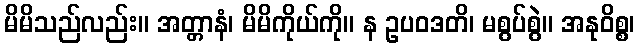
မိမိသည်လည်း။ အတ္တာနံ၊ မိမိကိုယ်ကို။ န ဥပဝဒတိ၊ မစွပ်စွဲ။ အနုဝိစ္စ၊